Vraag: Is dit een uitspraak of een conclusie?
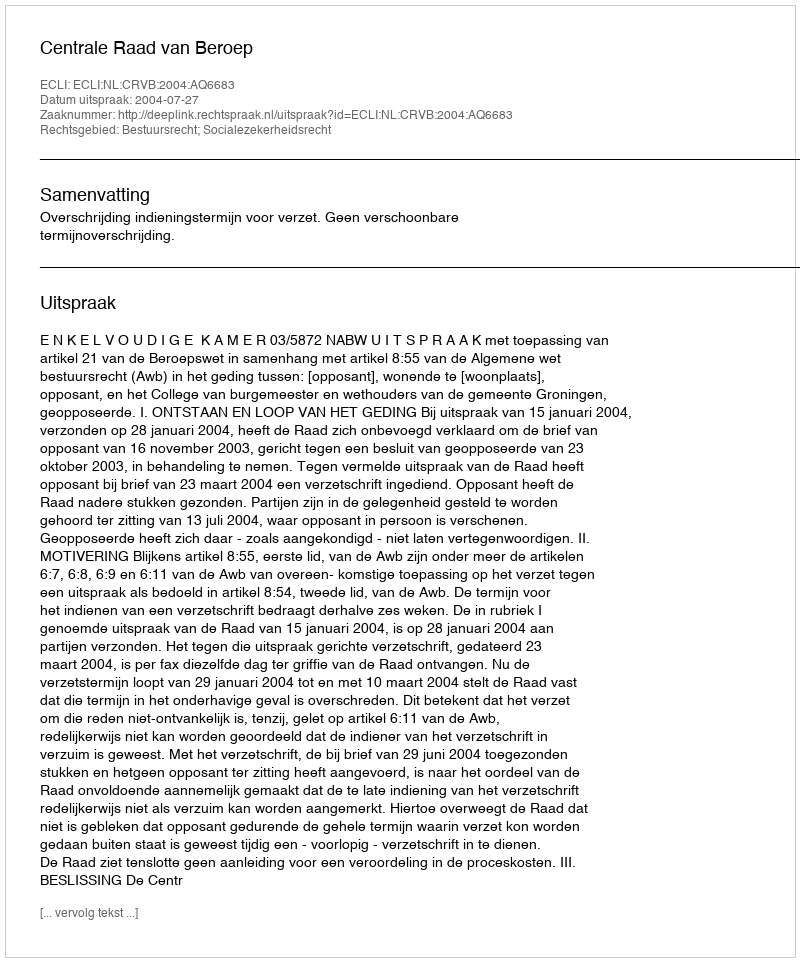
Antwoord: Uitspraak